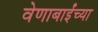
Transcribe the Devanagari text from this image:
वेणाबाईंच्या